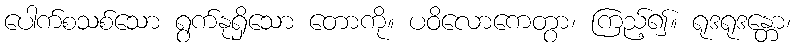
ပေါက်စသစ်သော ရွက်နုရှိသော တောကို။ ပဝိလောကေတွာ၊ ကြည့်၍။ ရုဒရုဒန္တော၊